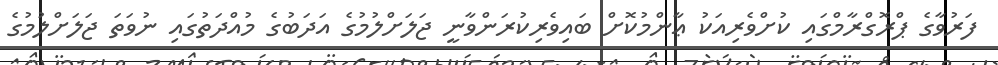
ފަރުވާގެ ޕްރޮގްރާމްގައި ކުށްވެރިއަކު ޢާންމުކޮށް ބައިވެރިކުރަންވާނީ ޖަލަށްލުމުގެ އަދަބުގެ މުއްދަތުގައި ނުވަތަ ޖަލަށްލުމުގެ